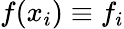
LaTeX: f(x_{i})\equiv f_{i}